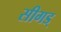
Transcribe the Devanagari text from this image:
सीगड्